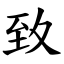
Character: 致